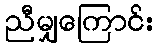
ညီမျှကြောင်း